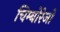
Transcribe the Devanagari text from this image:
चिम्बोरेजो